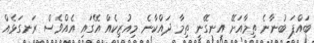
ބައްޕަ ބުނާނެ ތިމާއަށޭ އިނގޭނީ ތިމާ ދައްކާނެ މިއުޒިކެއް އޭގައި އެއްވެސް ރަނގަޅެއް